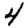
Digit: 4